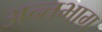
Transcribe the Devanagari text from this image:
अन्तभाग